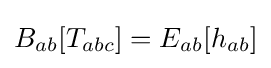
B_{ab}[T_{abc}]=E_{ab}[h_{ab}]